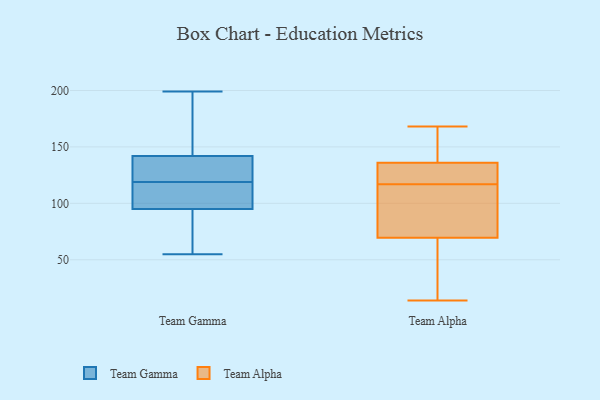
{"axis": {"x": "Budget (USD K)", "y": "Value"}, "legend": ["Team Alpha", "Team Gamma"], "data": [{"x": "", "y": 120, "type": "Team Gamma"}, {"x": "", "y": 104, "type": "Team Gamma"}, {"x": "", "y": 55, "type": "Team Gamma"}, {"x": "", "y": 142, "type": "Team Gamma"}, {"x": "", "y": 60, "type": "Team Gamma"}, {"x": "", "y": 118, "type": "Team Gamma"}, {"x": "", "y": 95, "type": "Team Gamma"}, {"x": "", "y": 199, "type": "Team Gamma"}, {"x": "", "y": 141, "type": "Team Gamma"}, {"x": "", "y": 156, "type": "Team Gamma"}, {"x": "", "y": 31, "type": "Team Alpha"}, {"x": "", "y": 54, "type": "Team Alpha"}, {"x": "", "y": 168, "type": "Team Alpha"}, {"x": "", "y": 72, "type": "Team Alpha"}, {"x": "", "y": 14, "type": "Team Alpha"}, {"x": "", "y": 161, "type": "Team Alpha"}, {"x": "", "y": 139, "type": "Team Alpha"}, {"x": "", "y": 86, "type": "Team Alpha"}, {"x": "", "y": 126, "type": "Team Alpha"}, {"x": "", "y": 122, "type": "Team Alpha"}, {"x": "", "y": 101, "type": "Team Alpha"}, {"x": "", "y": 62, "type": "Team Alpha"}, {"x": "", "y": 117, "type": "Team Alpha"}, {"x": "", "y": 135, "type": "Team Alpha"}, {"x": "", "y": 122, "type": "Team Alpha"}, {"x": "", "y": 157, "type": "Team Alpha"}, {"x": "", "y": 84, "type": "Team Alpha"}]}